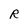
Character: R